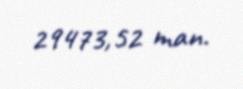
29473,52 man.